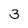
Character: 3